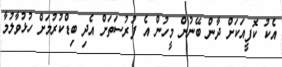
އެކު ކޮފީއަކަށް ދާން ބޭނުން މީހުން އެ ފުރުސަތަށް އެދި ބިޑްކުރުމަށް ހުޅުވާލުމާ